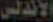
الأندلس